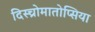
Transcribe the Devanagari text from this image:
दिस्च्रोमातोप्सिया